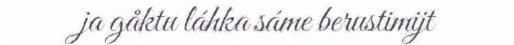
ja gåktu láhka sáme berustimijt